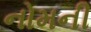
નોમની